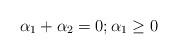
LaTeX: \begin{align*}\alpha_1 + \alpha_2 = 0; \alpha_1 \geq 0\end{align*}